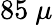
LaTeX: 85~\mu